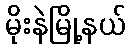
မိုးနဲမြို့နယ်